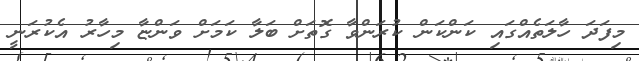
މިފަދަ ހާލަތެއްގައި ކަންކަން ކުރަންވާ ގޮތަށް ބަލާ ކަމަށް ވަންޏާ މިހާރު އެކުރަނީ